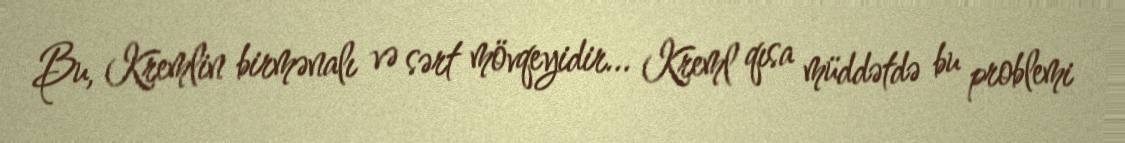
Bu, Kremlin birmənalı və sərt mövqeyidir... Kreml qısa müddətdə bu problemi